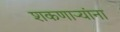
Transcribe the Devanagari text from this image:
शकणाऱ्यांना